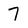
Character: 7